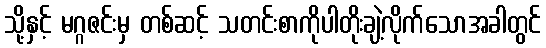
သို့နှင့် မဂ္ဂဇင်းမှ တစ်ဆင့် သတင်းစာကိုပါတိုးချဲ့လိုက်သောအခါတွင်